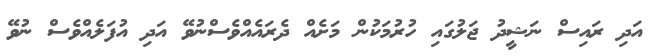
އަދި ރައިސް ނަޝީދު ޖަލުގައި ހުރުމަކުން މަށެއް ދެރައެއްވެސްނުވޭ އަދި އުފަލެއްވެސް ނުވޭ